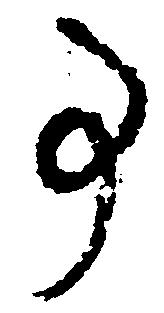
事